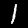
Label: 1